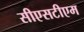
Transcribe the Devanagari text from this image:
सीएसटीएम